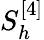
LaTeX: S_{h}^{[4]}